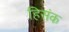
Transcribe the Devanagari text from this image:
हिसंक